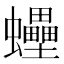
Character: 𧕫